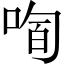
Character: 𱓉